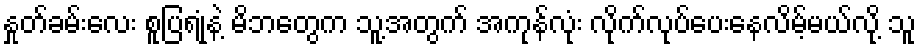
နှုတ်ခမ်းလေး စူပြရုံနဲ့ မိဘတွေက သူ့အတွက် အကုန်လုံး လိုက်လုပ်ပေးနေလိမ့်မယ်လို့ သူ